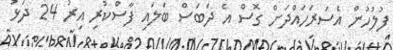
ފުލުހުން އެސަރަހައްދަށް ގޮސް އެ ދަބަސް ބަލައި ފާސްކުރި އިރު 24 ދަޅު